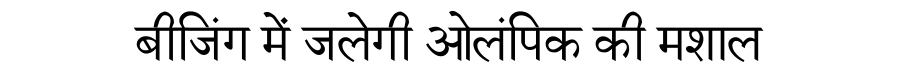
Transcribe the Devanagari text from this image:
बीजिंग में जलेगी ओलंपिक की मशाल